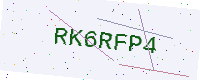
Text: RK6RFP4